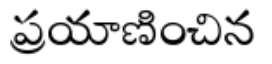
ప్రయాణించిన